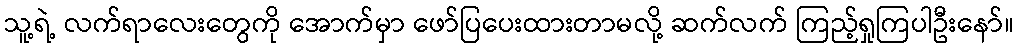
သူ့ရဲ့ လက်ရာလေးတွေကို အောက်မှာ ဖော်ပြပေးထားတာမလို့ ဆက်လက် ကြည့်ရှုကြပါဦးနော်။